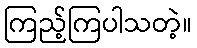
ကြည့်ကြပါသတဲ့။